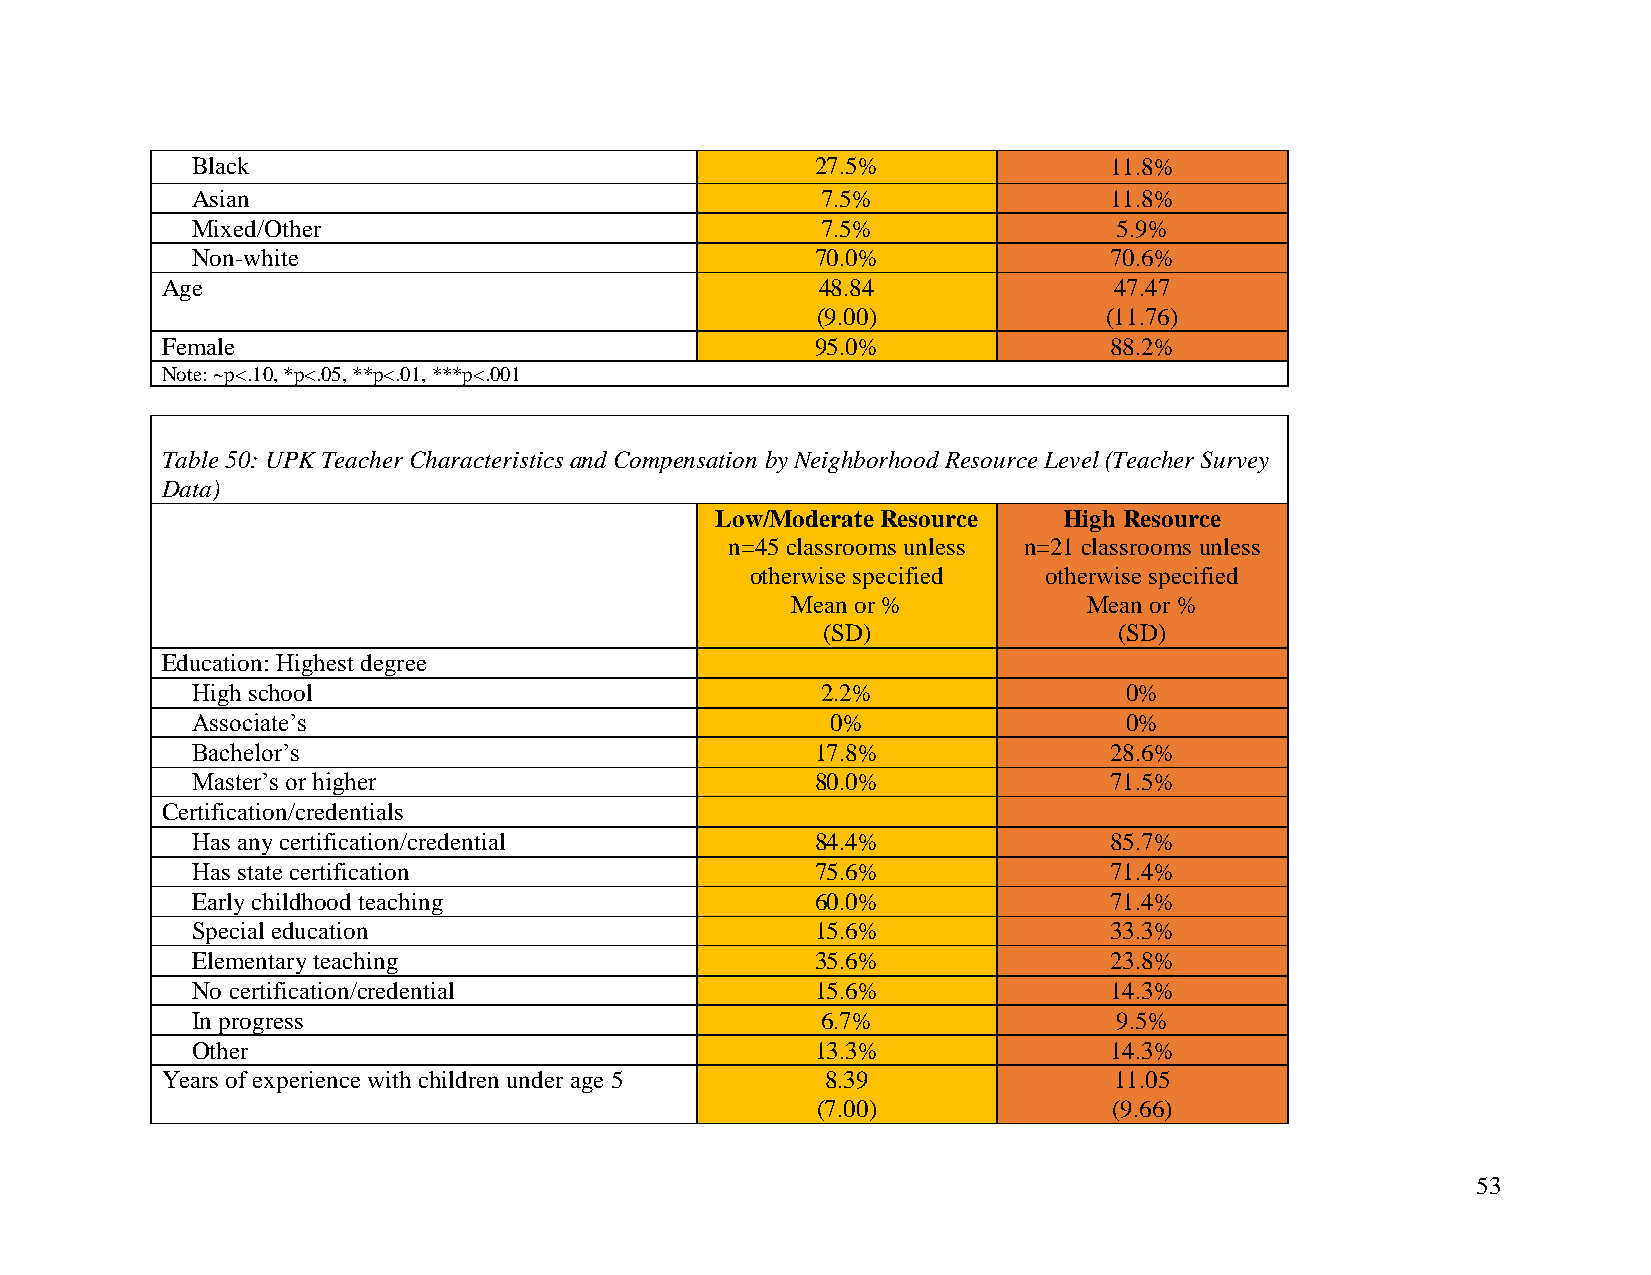
Black                                    27.5%              11.8%
 Asian                                    7.5%               11.8%
 Mixed/Other                              7.5%                5.9%
 Non-white                                70.0%              70.6%
 Age                                        48.84               47.47
 (9.00)             (11.76)
 Female                                     95.0%              88.2%
 Note: ~p<.10, *p<.05, **p<.01, ***p<.001
 Table 50: UPK Teacher Characteristics and Compensation by Neighborhood Resource Level (Teacher Survey
 Data)
 Low/Moderate Resource  High Resource
 n=45 classrooms unless n=21 classrooms unless
 otherwise specified otherwise specified
 Mean or %           Mean or %
 (SD)                (SD)
 Education: Highest degree
 High school                              2.2%                0%
 Associate’s                               0%                 0%
 Bachelor’s                               17.8%              28.6%
 Master’s or higher                       80.0%              71.5%
 Certification/credentials
 Has any certification/credential         84.4%              85.7%
 Has state certification                  75.6%              71.4%
 Early childhood teaching                 60.0%              71.4%
 Special education                        15.6%              33.3%
 Elementary teaching                      35.6%              23.8%
 No certification/credential              15.6%              14.3%
 In progress                              6.7%                9.5%
 Other                                    13.3%              14.3%
 Years of experience with children under age 5 8.39             11.05
 (7.00)              (9.66)
 53